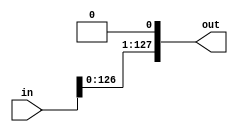
module sll (
  input [127:0]in,
  output [127:0]out
);

  assign out = {in[126:0], 1'b0};
  
endmodule